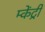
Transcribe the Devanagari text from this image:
म्केंट्री